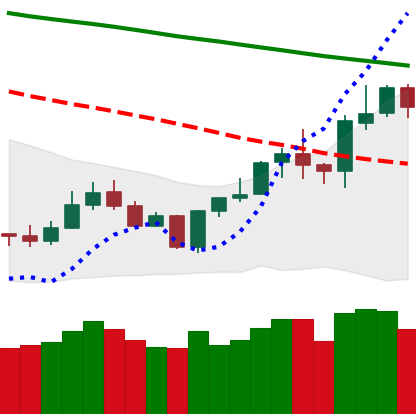
Ticker: LTC-USD
Chart end date: 2020-01-13
Forward return: 19.453%
Label: up_7plus